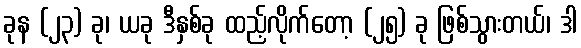
ခုန (၂၃) ခု၊ ယခု ဒီနှစ်ခု ထည့်လိုက်တော့ (၂၅) ခု ဖြစ်သွားတယ်၊ ဒါ